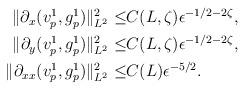
LaTeX: \begin{align*}\begin{aligned}\Vert \partial_x (v^1_p,g^1_p)\Vert_{L^2}^2 \leq& C(L,\zeta)\epsilon^{-1/2-2\zeta},\\\Vert \partial_y (v^1_p,g^1_p)\Vert_{L^2}^2 \leq &C(L,\zeta)\epsilon^{-1/2-2\zeta},\\\Vert \partial_{xx} (v^1_p,g^1_p)\Vert_{L^2}^2 \leq& C(L)\epsilon^{-5/2}.\end{aligned}\end{align*}